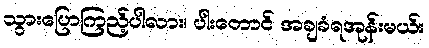
သွားပြောကြည့်ပါလား၊ ပါးတောင် အချခံရအုန်းမယ်။